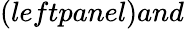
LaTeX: (leftpanel)and